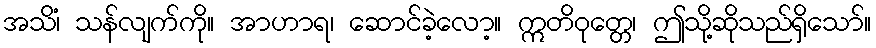
အသိံ၊ သန်လျက်ကို။ အာဟာရ၊ ဆောင်ခဲ့လော့။ ဣတိဝုတ္တေ၊ ဤသို့ဆိုသည်ရှိသော်။